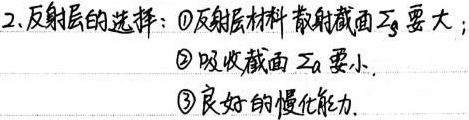
2. 反射层的选择：\textcircled{1}反射层材料散射截面\(\Sigma_{s}\)要大；\textcircled{2}吸收截面\(\Sigma_{a}\)要小。\textcircled{3}良好的慢化能力。